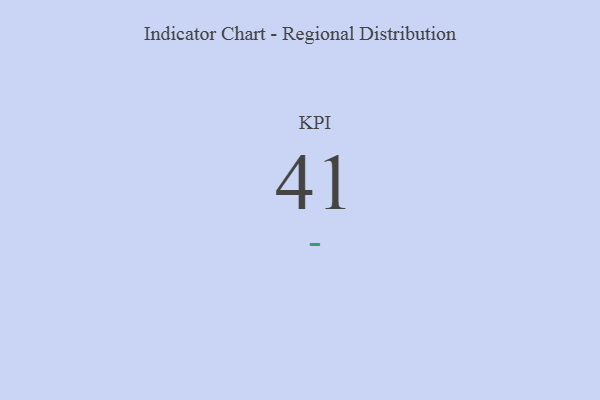
{"axis": {"x": "KPI", "y": "Value"}, "legend": [""], "data": [{"x": "KPI", "y": 41, "type": ""}]}